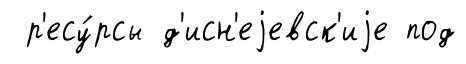
р'есу́рсы д'исн'еjевск'иjе под